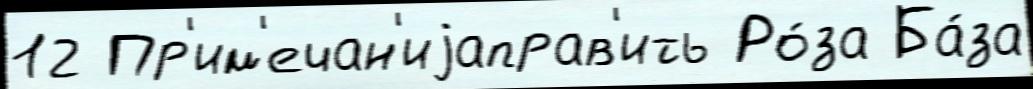
12 Пр'им'ечан'иjаправ'ить Ро́за Ба́за